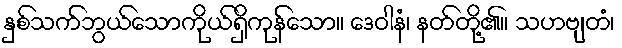
နှစ်သက်ဘွယ်သောကိုယ်ရှိကုန်သော။ ဒေဝါနံ၊ နတ်တို့၏။ သဟဗျတံ၊